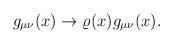
LaTeX: \begin{align*}g_{\mu\nu}(x)\rightarrow \varrho(x)g_{\mu\nu}(x).\end{align*}